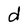
Character: d